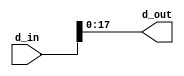
`timescale 1ns / 1ps
//////////////////////////////////////////////////////////////////////////////////
// Company: 
// Engineer: 
// 
// Design Name: 
// Module Name: data_router_32_18
// Project Name: 
// Target Devices: 
// Tool Versions: 
// Description: 
// 
// Dependencies: 
// 
// Revision:
// Revision 0.01 - File Created
// Additional Comments:
// 
//////////////////////////////////////////////////////////////////////////////////


module data_router_32_18(
    input [31:0] d_in,
    output [17:0] d_out
    );
	
	assign d_out = d_in[17:0];
endmodule